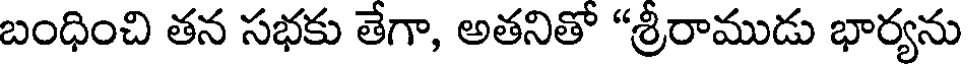
బంధించి తన సభకు తేగా, అతనితో "శ్రీరాముడు భార్యను